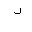
Letter: _dal